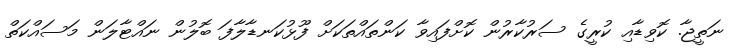
ނަތީޖާ. ކޮވިޑާއި ކުރީގެ ސަރުކާރުން ކޮށްފައިވާ ކަންތައްތަކަށް ފޫޅުކަނޑާލާފަ ބޮލުން ނައްޓާލަން މަސައްކަތް